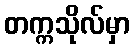
တက္ကသိုလ်မှာ